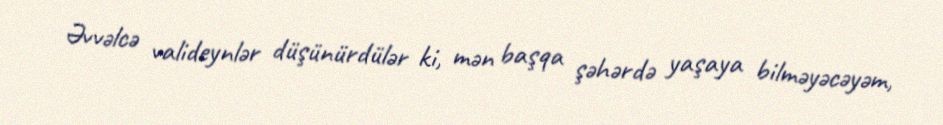
Əvvəlcə valideynlər düşünürdülər ki, mən başqa şəhərdə yaşaya bilməyəcəyəm,